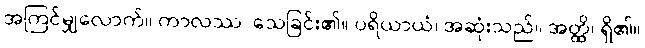
အကြင်မျှလောက်။ ကာလဿ၊ သေခြင်း၏။ ပရိယာယံ၊ အဆုံးသည်။ အတ္ထိ၊ ရှိ၏။